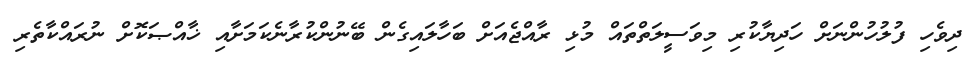
ދިވެހި ފުލުހުންނަށް ހަދިޔާކުރި މިވަސީލަތްތައް މުޅި ރާއްޖެއަށް ބަހާލައިގެން ބޭނުންކުރާނެކަމަށާއި ޚާއްޞަކޮށް ނުރައްކާތެރި